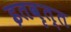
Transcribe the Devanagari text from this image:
इतवृत्त